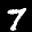
Label: 7